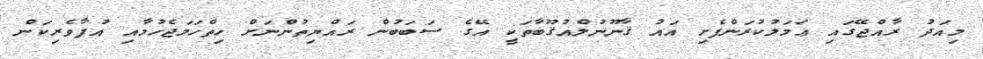
މިއަދު ރާއްޖޭގައި ޢަމަލުކުރަންފެށި އައު ޤާނޫނުލްޢުޤޫބާތަކީ އޭގެ ސަބަބުން ރައްޔިތުންނަށް ހިތްހަމަޖެހުމާއި އުފާވެރިކަން